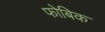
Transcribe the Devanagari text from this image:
फोबिक